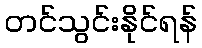
တင်သွင်းနိုင်ရန်